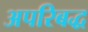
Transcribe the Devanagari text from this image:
अपरिबद्ध